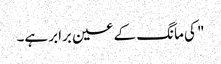
" کی مانگ کے عین برابر ہے۔